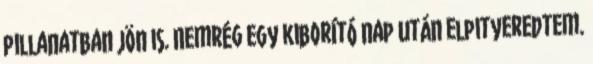
pillanatban jön is. Nemrég egy kiborító nap után elpityeredtem.